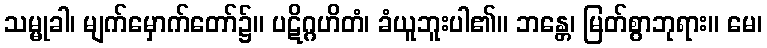
သမ္မုခါ၊ မျက်မှောက်တော်၌။ ပဋိဂ္ဂဟိတံ၊ ခံယူဘူးပါ၏။ ဘန္တေ၊ မြတ်စွာဘုရား။ မေ၊